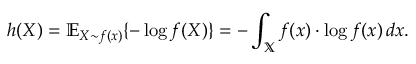
h ( X ) = \mathbb { E } _ { X \sim f ( x ) } \{ - \log f ( X ) \} = - \int _ { \mathbb { X } } f ( x ) \cdot \log f ( x ) \, d x .